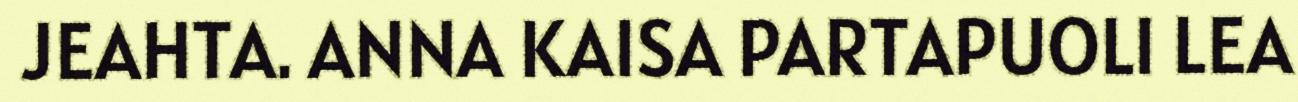
JEAHTA. ANNA KAISA PARTAPUOLI LEA